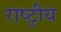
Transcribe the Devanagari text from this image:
राष्ट्रीय